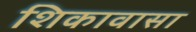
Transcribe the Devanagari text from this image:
शिकावासा